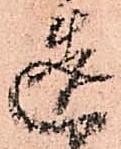
造